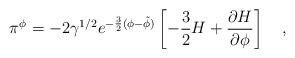
\begin{align*}\pi^{\phi}=-2 \gamma^{1/2} e^{-\frac{3}{2}(\phi-\tilde{\phi})} \left[ -\frac{3}{2}H+\frac{\partial H}{\partial \phi} \right] ~~~,\end{align*}